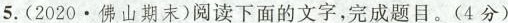
5.(2020.佛山期末)阅读下面的文字，完成题目。(4分)